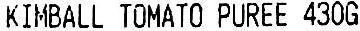
KIMBALL TOMATO PUREE 430G